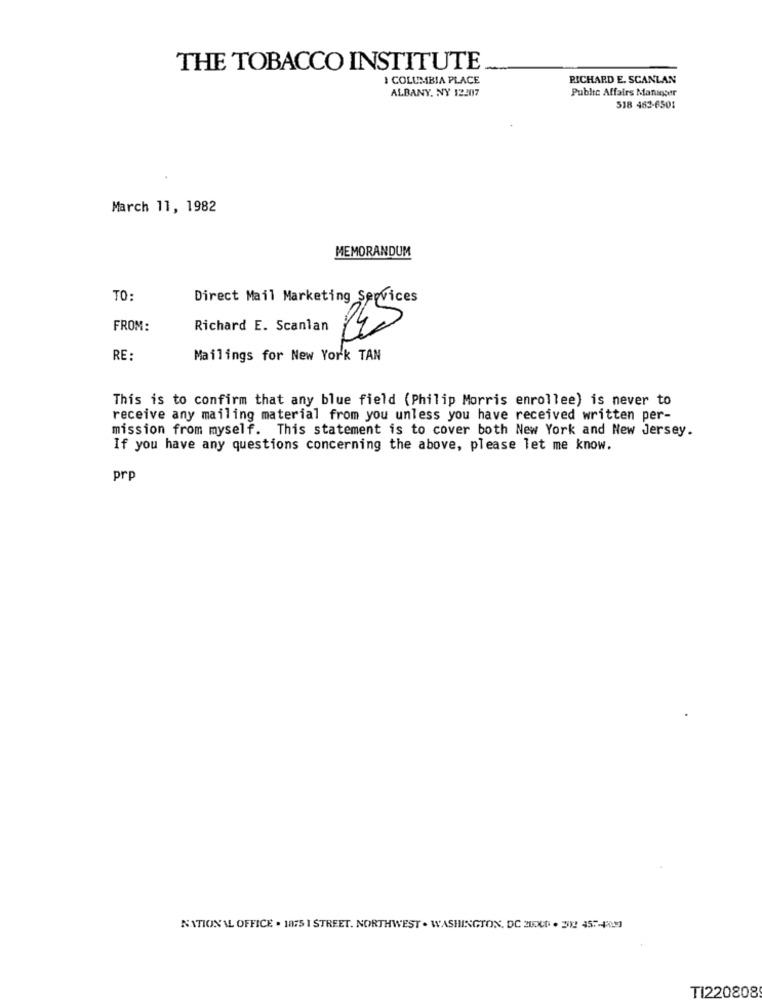
THE TOBACCO INSTITUTE
1 COLUMBIA PLACE
RICHARD E. SCANLAN
ALBANY, NY 12207
Public Affairs Manager
518 463-6501
March 11, 1982
MEMORANDUM
TO:
Direct Mail Marketing Services
FROM:
Richard E. Scanlan CE
RE:
Mailings for New York TAN
This is to confirm that any blue field (Philip Morris enrollee) is never to
receive any mailing material from you unless you have received written per-
mission from myself. This statement is to cover both New York and New Jersey.
If you have any questions concerning the above, please let me know.
prp
NATIONAL OFFICE . 1875 I STREET. NORTHWEST . WASHINGTON, DC 2LOUN . 2012 457-93
TI220808